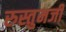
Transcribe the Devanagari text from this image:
रुस्तुमजी